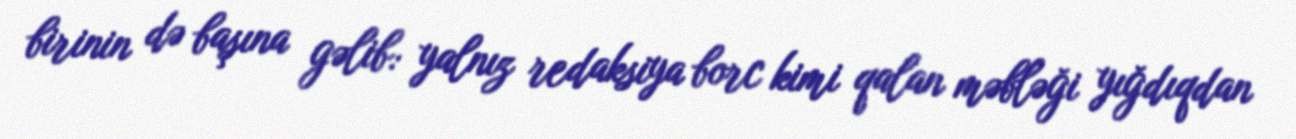
birinin də başına gəlib: yalnız redaksiya borc kimi qalan məbləği yığdıqdan